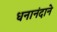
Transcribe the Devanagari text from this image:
धनानंदाने